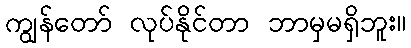
ကျွန်တော် လုပ်နိုင်တာ ဘာမှမရှိဘူး။